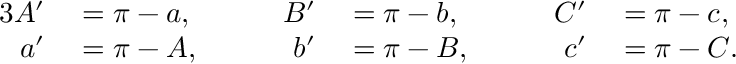
\begin{array} { r l r l r l } { { 3 } A ^ { \prime } } & { { } = \pi - a , } & { \qquad B ^ { \prime } } & { { } = \pi - b , } & { \qquad C ^ { \prime } } & { { } = \pi - c , } \\ { a ^ { \prime } } & { { } = \pi - A , } & { b ^ { \prime } } & { { } = \pi - B , } & { c ^ { \prime } } & { { } = \pi - C . } \end{array}